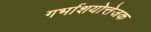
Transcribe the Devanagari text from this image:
गर्भाशयोत्तेजक